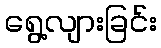
ရွေ့လျားခြင်း